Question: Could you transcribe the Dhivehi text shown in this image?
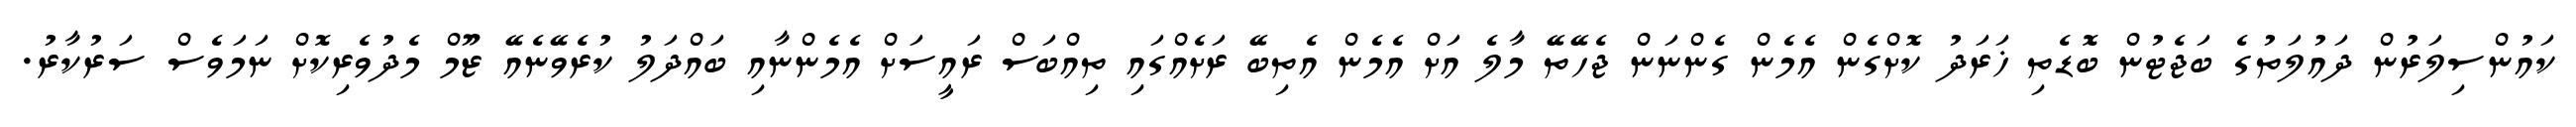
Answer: ކައުންސިލަރުން ދައުލަތުގެ ބަޖެޓުން ބޮޑެތި ޚަރަދު ކޮށްގެން އެމެން ގެންނަން ޖެހޭތޭ މާލެ އަށް އެމެން އެތިބޭ ރަށެއްގައި ތިއްބަސް ރައީސަށް އެމެންނާއި ބައްދަލު ކުރެވޭނެއޭ ޒޫމް މެދުވެރިކޮށް ނަމަވެސް ސަރުކާރު.